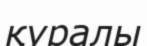
қуралы